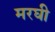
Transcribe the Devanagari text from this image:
मरघी